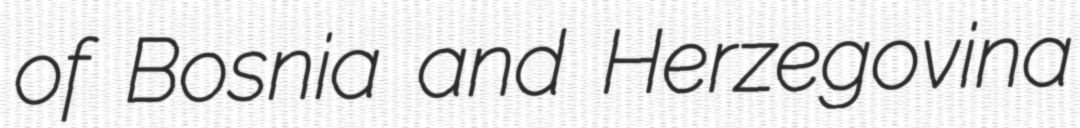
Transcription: of Bosnia and Herzegovina